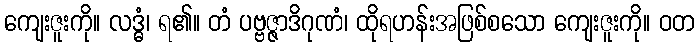
ကျေးဇူးကို။ လဒ္ဓံ၊ ရ၏။ တံ ပဗ္ဗဇ္ဇာဒိဂုဏံ၊ ထိုရဟန်းအဖြစ်စသော ကျေးဇူးကို။ ဝတ